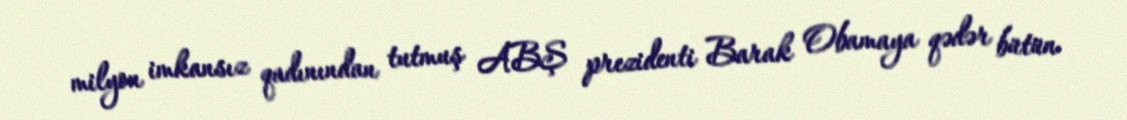
milyon imkansız qadınından tutmuş ABŞ prezidenti Barak Obamaya qədər bütün